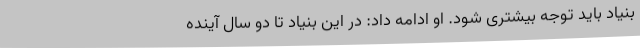
بنیاد باید توجه بیشتری شود. او ادامه داد: در این بنیاد تا دو سال آینده